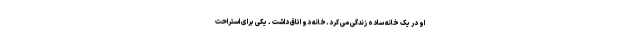
او در یک خانه ساده زندگی می کرد.خانه دو اتاق داشت . یکی برای استراحت